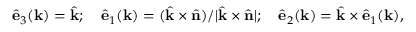
\hat { \bf e } _ { 3 } ( \mathbf { k } ) = \hat { \bf k } ; ~ ~ ~ \hat { \bf e } _ { 1 } ( \mathbf { k } ) = ( \hat { \bf k } \times \hat { \bf n } ) / \lvert \hat { \bf k } \times \hat { \bf n } \rvert ; ~ ~ ~ \hat { \bf e } _ { 2 } ( \mathbf { k } ) = \hat { \bf k } \times \hat { \bf e } _ { 1 } ( \mathbf { k } ) ,